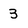
Character: 3